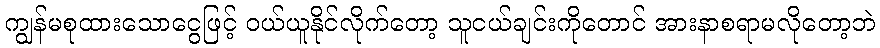
ကျွန်မစုထားသောငွေဖြင့် ဝယ်ယူနိုင်လိုက်တော့ သူငယ်ချင်းကိုတောင် အားနာစရာမလိုတော့ဘဲ